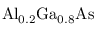
\mathrm { { A l } _ { 0 . 2 } \mathrm { { G a } _ { 0 . 8 } \mathrm { { A s } } } }